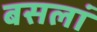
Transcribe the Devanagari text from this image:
बसलां